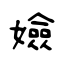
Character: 嬐